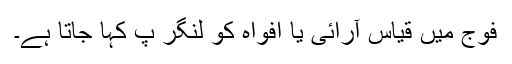
فوج میں قیاس آرائی یا افواہ کو لنگر پ کہا جاتا ہے۔